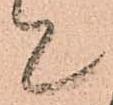
て